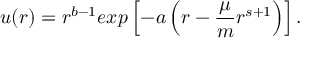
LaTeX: u ( r ) = r ^ { b - 1 } e x p \left[ - a \left( r - \frac { \mu } { m } r ^ { s + 1 } \right) \right] .